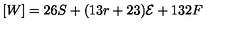
[ W ] = 2 6 S + ( 1 3 r + 2 3 ) { \cal { E } } + 1 3 2 F